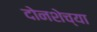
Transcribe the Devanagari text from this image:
दोनशेच्या